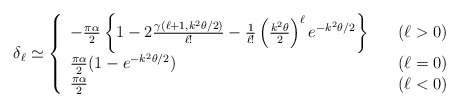
\begin{align*}\delta_{\ell}\simeq\left\{\begin{array}{ll}-\frac{\pi\alpha}{2}\left\{1-2\frac{\gamma(\ell+1,k^2\theta/2)}{\ell !}-\frac{1}{\ell!}\left(\frac{k^2\theta}{2}\right)^{\ell}e^{-k^2\theta/2}\right\} & \quad (\ell>0)\\\frac{\pi\alpha}{2}(1-e^{-k^2\theta/2}) & \quad (\ell=0)\\\frac{\pi\alpha}{2} & \quad (\ell<0)\end{array}\right.\end{align*}